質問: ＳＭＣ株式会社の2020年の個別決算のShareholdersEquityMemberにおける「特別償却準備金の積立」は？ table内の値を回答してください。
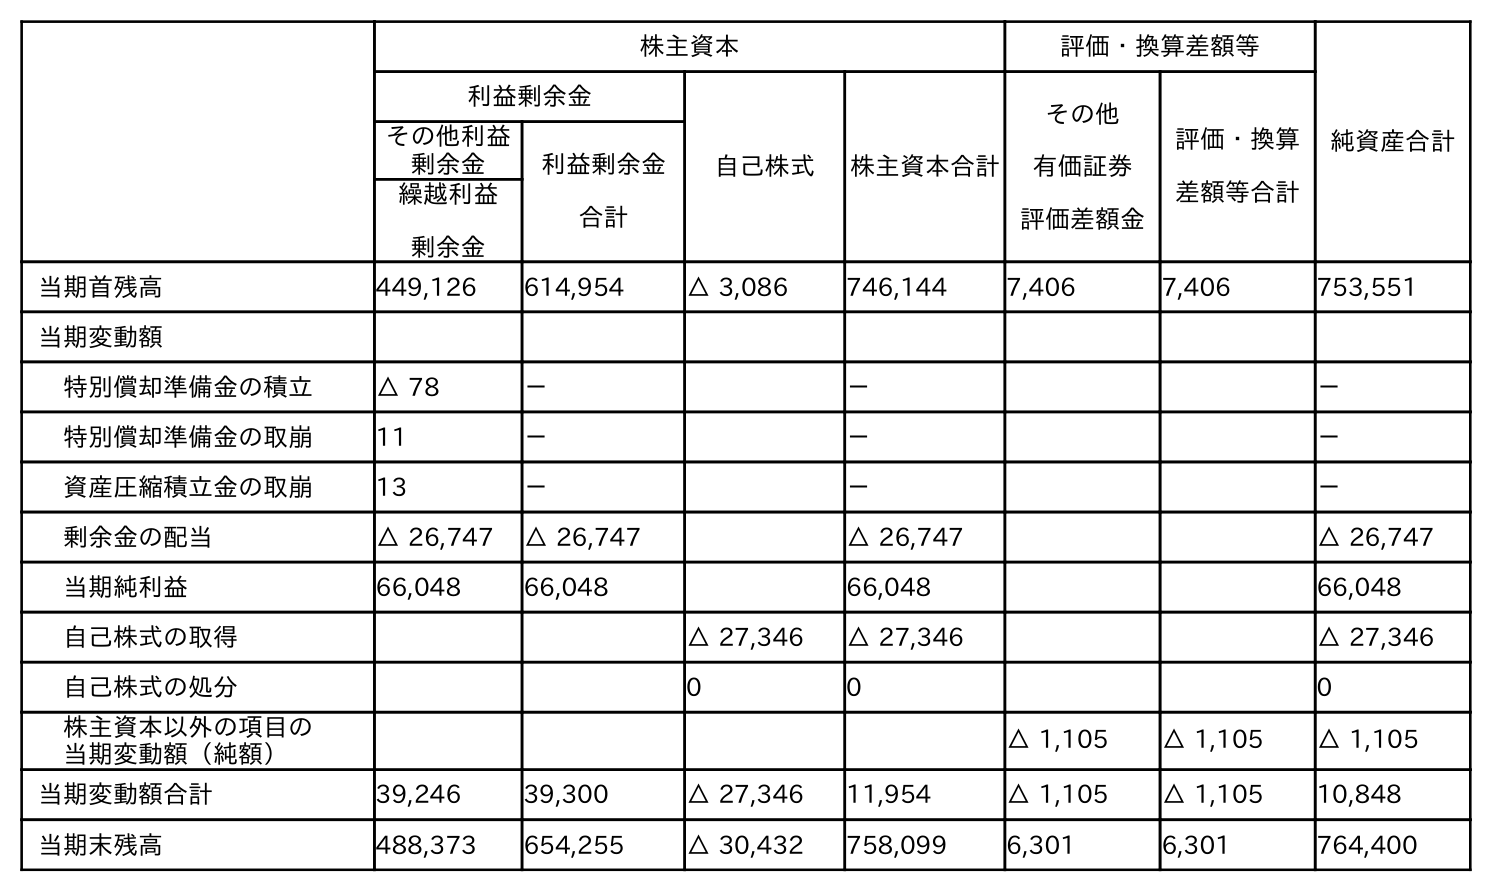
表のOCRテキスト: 株主資本 評価・換算差額等 純資産合計 利益剰余金 自己株式 株主資本合計 その他 有価証券 評価差額金 評価・換算 差額等合計 その他利益 剰余金 利益剰余金 合計 繰越利益 剰余金 当期首残高 449,126 614,954 △ 3,086 746,144 7,406 7,406 753,551 当期変動額 特別償却準備金の積立 △ 78 － － － 特別償却準備金の取崩 11 － － － 資産圧縮積立金の取崩 13 － － － 剰余金の配当 △ 26,747 △ 26,747 △ 26,747 △ 26,747 当期純利益 66,048 66,048 66,048 66,048 自己株式の取得 △ 27,346 △ 27,346 △ 27,346 自己株式の処分 0 0 0 株主資本以外の項目の 当期変動額（純額） △ 1,105 △ 1,105 △ 1,105 当期変動額合計 39,246 39,300 △ 27,346 11,954 △ 1,105 △ 1,105 10,848 当期末残高 488,373 654,255 △ 30,432 758,099 6,301 6,301 764,400
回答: －